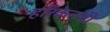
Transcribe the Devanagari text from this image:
हरिकेनची